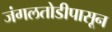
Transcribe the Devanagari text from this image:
जंगलतोडीपासून